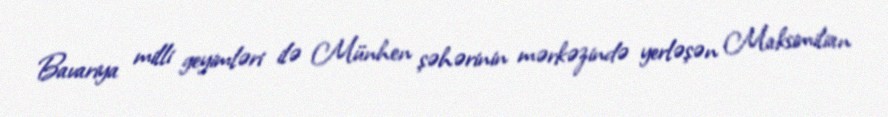
Bavariya milli geyimləri ilə Münhen şəhərinin mərkəzində yerləşən Maksimilian